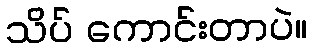
သိပ် ကောင်းတာပဲ။